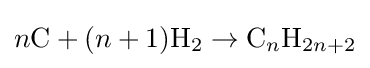
n{\rm {C}}+(n+1){\rm {H}}_{2}\rightarrow {\rm {C}}_{n}{\rm {H}}_{2n+2}